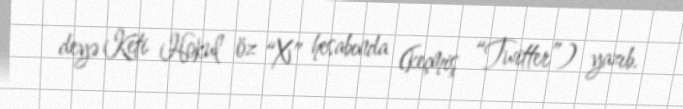
deyə Keti Hokul öz “X” hesabında (keçmiş “Twitter”) yazıb.